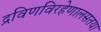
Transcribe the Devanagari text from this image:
द्रविणविरहेणालसतया